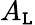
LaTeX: A_{\mathtt{L}}